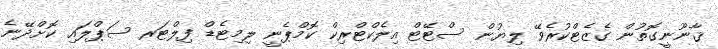
ޤާނޫނީގޮތުން ގެޒެޓްކުރެވޭ ލިޔުން ސްޓޭޓް އިލެކްޓްރިކް ކޮމްޕެނީ ލިމިޓެޑް ފިލްޓަރ ސަޕްލައި ކޮށްދޭނެ